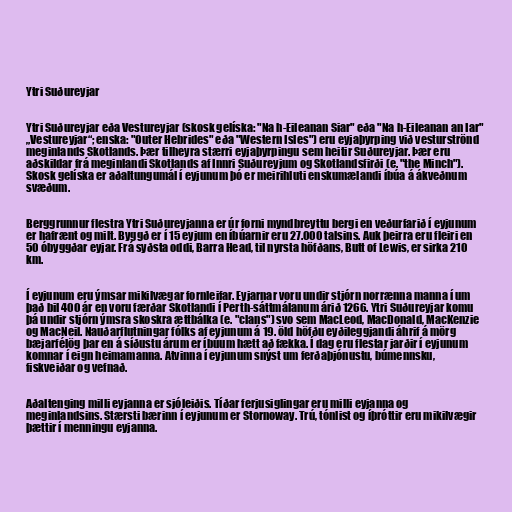
Ytri Suðureyjar

Ytri Suðureyjar eða Vestureyjar (skosk gelíska: "Na h-Eileanan Siar" eða "Na h-Eileanan an Iar"
„Vestureyjar“; enska: "Outer Hebrides" eða "Western Isles") eru eyjaþyrping við vesturströnd
meginlands Skotlands. Þær tilheyra stærri eyjaþyrpingu sem heitir Suðureyjar. Þær eru
aðskildar frá meginlandi Skotlands af Innri Suðureyjum og Skotlandsfirði (e. "the Minch").
Skosk gelíska er aðaltungumál í eyjunum þó er meirihluti enskumælandi íbúa á ákveðnum
svæðum.

Berggrunnur flestra Ytri Suðureyjanna er úr forni myndbreyttu bergi en veðurfarið í eyjunum
er hafrænt og milt. Byggð er í 15 eyjum en íbúarnir eru 27.000 talsins. Auk þeirra eru fleiri en
50 óbyggðar eyjar. Frá syðsta oddi, Barra Head, til nyrsta höfðans, Butt of Lewis, er sirka 210
km.

Í eyjunum eru ýmsar mikilvægar fornleifar. Eyjarnar voru undir stjórn norrænna manna í um
það bil 400 ár en voru færðar Skotlandi í Perth-sáttmálanum árið 1266. Ytri Suðureyjar komu
þá undir stjórn ýmsra skoskra ættbálka (e. "clans") svo sem MacLeod, MacDonald, MacKenzie
og MacNeil. Nauðarflutningar fólks af eyjunum á 19. öld höfðu eyðileggjandi áhrif á mörg
bæjarfélög þar en á síðustu árum er íbúum hætt að fækka. Í dag eru flestar jarðir í eyjunum
komnar í eign heimamanna. Atvinna í eyjunum snýst um ferðaþjónustu, búmennsku,
fiskveiðar og vefnað.

Aðaltenging milli eyjanna er sjóleiðis. Tíðar ferjusiglingar eru milli eyjanna og
meginlandsins. Stærsti bærinn í eyjunum er Stornoway. Trú, tónlist og íþróttir eru mikilvægir
þættir í menningu eyjanna.